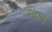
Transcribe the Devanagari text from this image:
संपाने